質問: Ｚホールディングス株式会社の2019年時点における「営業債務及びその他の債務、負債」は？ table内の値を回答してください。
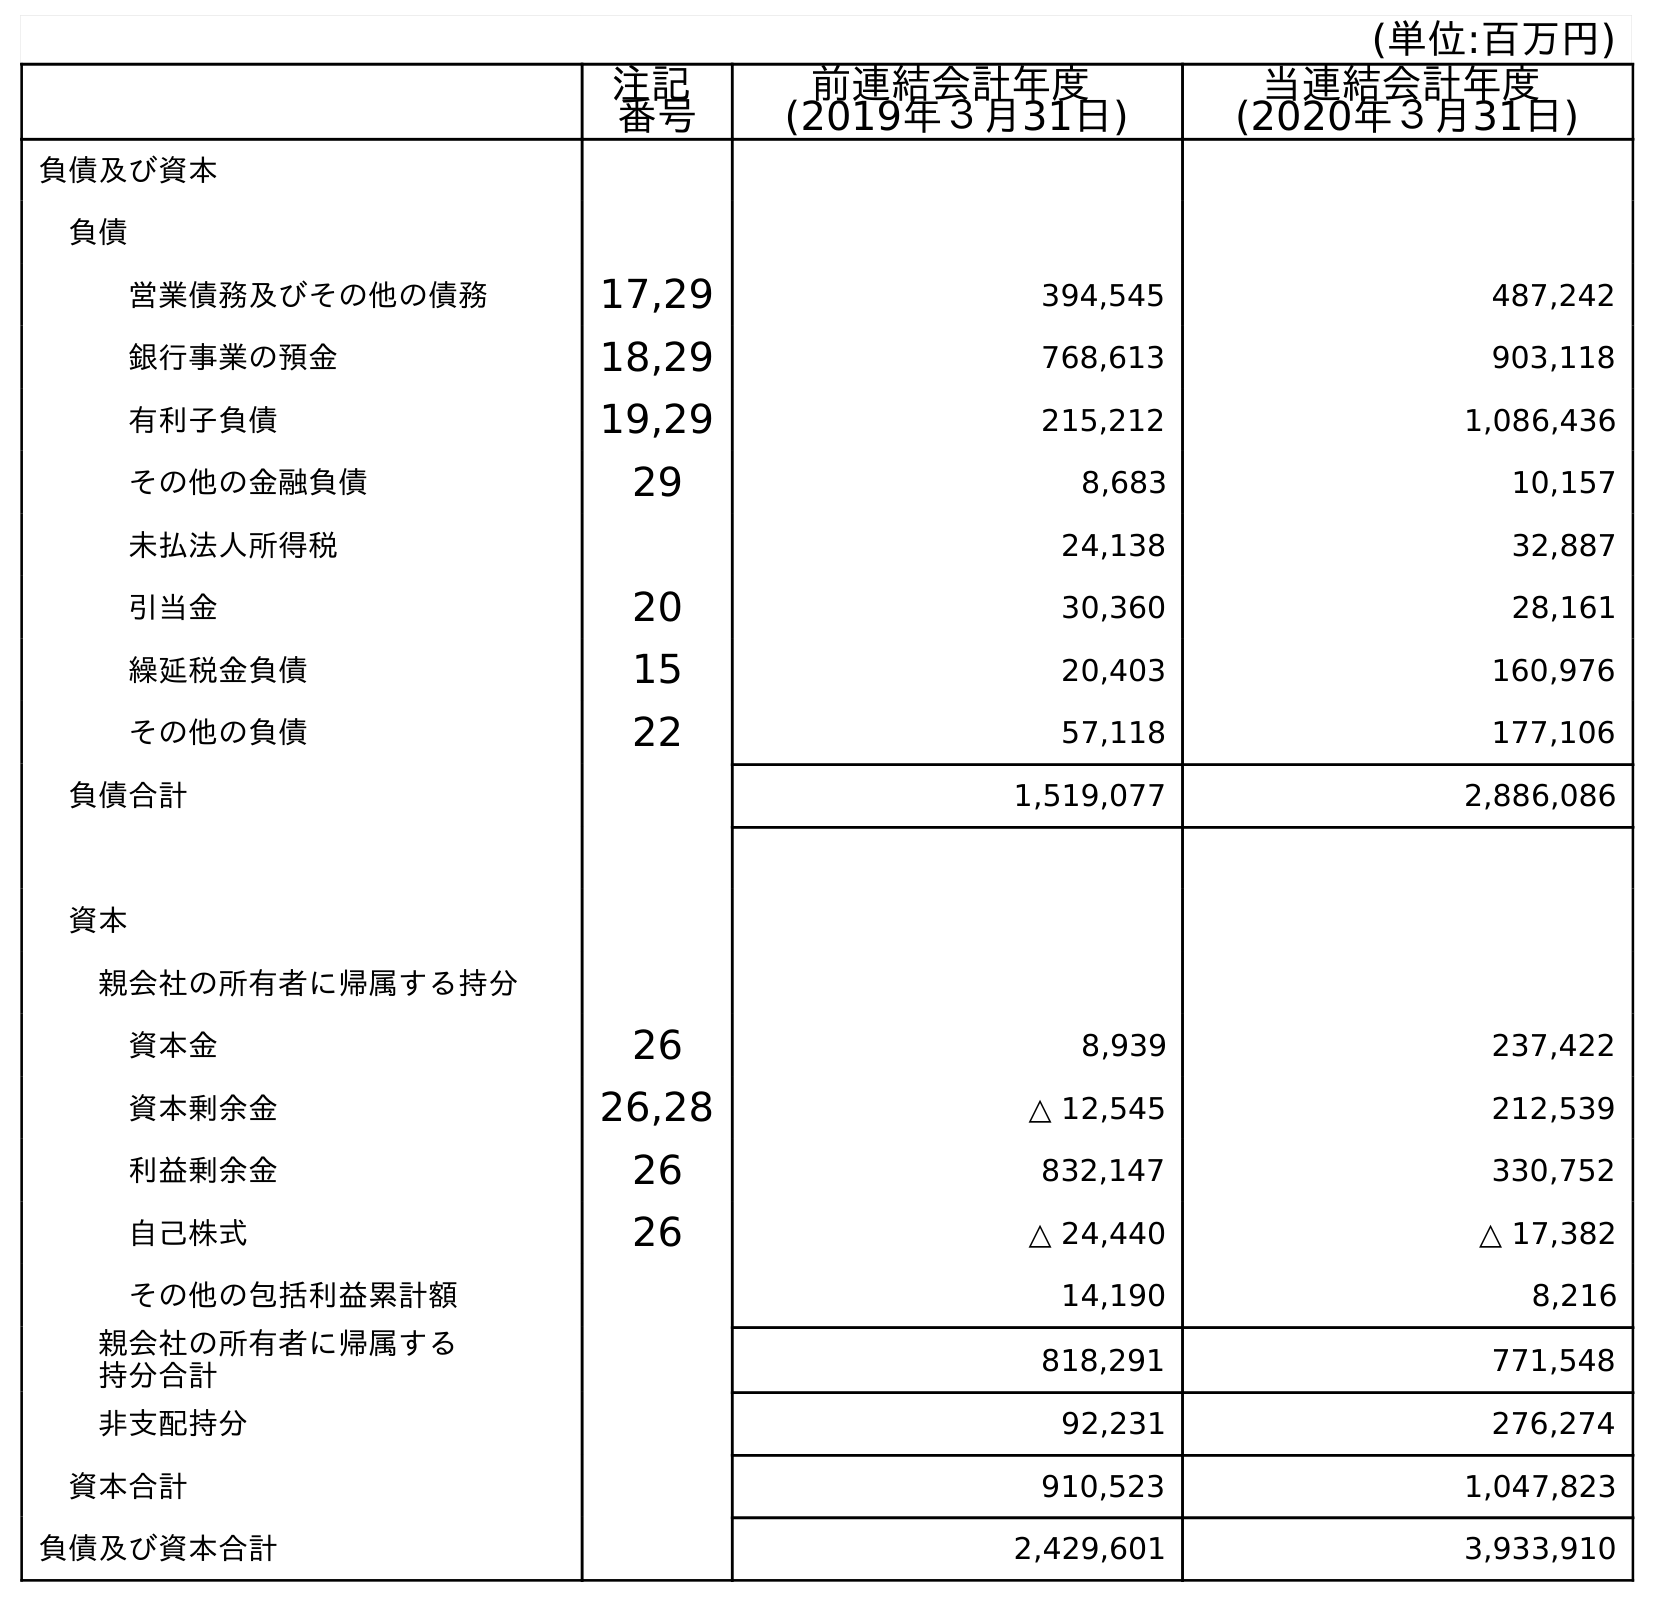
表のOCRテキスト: (単位:百万円) 注記 番号 前連結会計年度 (2019年３月31日) 当連結会計年度 (2020年３月31日) 負債及び資本 負債 営業債務及びその他の債務 17,29 394,545 487,242 銀行事業の預金 18,29 768,613 903,118 有利子負債 19,29 215,212 1,086,436 その他の金融負債 29 8,683 10,157 未払法人所得税 24,138 32,887 引当金 20 30,360 28,161 繰延税金負債 15 20,403 160,976 その他の負債 22 57,118 177,106 負債合計 1,519,077 2,886,086 資本 親会社の所有者に帰属する持分 資本金 26 8,939 237,422 資本剰余金 26,28 △ 12,545 212,539 利益剰余金 26 832,147 330,752 自己株式 26 △ 24,440 △ 17,382 その他の包括利益累計額 14,190 8,216 親会社の所有者に帰属する 持分合計 818,291 771,548 非支配持分 92,231 276,274 資本合計 910,523 1,047,823 負債及び資本合計 2,429,601 3,933,910
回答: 394,545